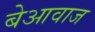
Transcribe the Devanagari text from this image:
बेआवाज